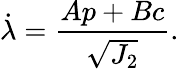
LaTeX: \dot{\lambda}=\frac{Ap+Bc}{\sqrt{J_{2}}}.